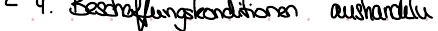
4. Beschaffungskonditionen aushandeln